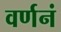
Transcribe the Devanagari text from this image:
वर्णनं